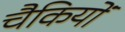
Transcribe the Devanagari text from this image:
चैकियों